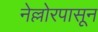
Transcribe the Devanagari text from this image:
नेल्लोरपासून